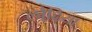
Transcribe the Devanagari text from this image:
लौढि़या